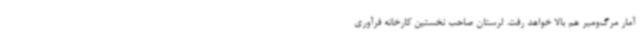
آمار مرگ‌ومیر هم بالا خواهد رفت. لرستان صاحب نخستین کارخانه فرآوری